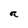
Character: a